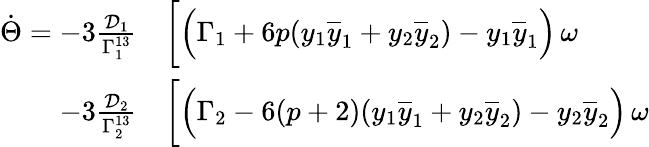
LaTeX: \begin{array}{rl}{\dot{\Theta}=-3\frac{\mathcal{D}_{1}}{\Gamma_{1}^{13}}}&{{}\bigg[\Big(\Gamma_{1}+6p(y_{1}\overline{{y}}_{1}+y_{2}\overline{{y}}_{2})-y_{1}\overline{{y}}_{1}\Big)\, \omega}\\ {-3\frac{\mathcal{D}_{2}}{\Gamma_{2}^{13}}}&{{}\bigg[\Big(\Gamma_{2}-6(p+2)(y_{1}\overline{{y}}_{1}+y_{2}\overline{{y}}_{2})-y_{2}\overline{{y}}_{2}\Big)\, \omega}\end{array}